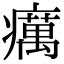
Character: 癘